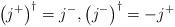
LaTeX: \begin{align*}\left(j^{+}\right)^\dagger=j^{-},\left(j^{-}\right)^\dagger=-j^{+}\end{align*}